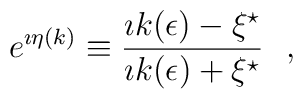
e^{\imath \eta (k)}\equiv {\imath k(\epsilon )-\xi^\star\over  \imath k(\epsilon )+\xi^\star}~~,